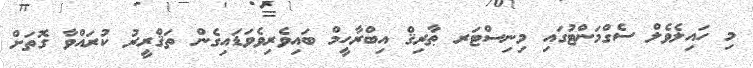
މި ހައިލެވެލް ސެގްމަންޓުގައި މިނިސްޓަރ ޠާރިޤް އިބްރާހީމް ބައިވެރިވެވަޑައިގެން ތަޤްރީރު ކުރައްވާ ގޮތަށް